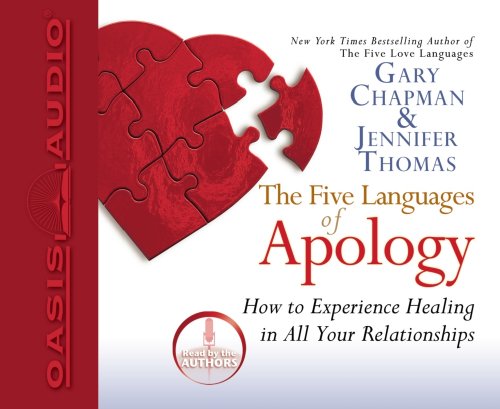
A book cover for The Five Languages of Apology; Gary Chapman; Self-Help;